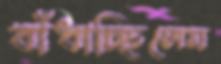
বাঁধাচ্ছিলেম